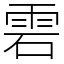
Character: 雼